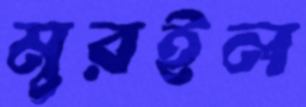
মুরইল